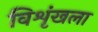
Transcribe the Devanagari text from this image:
विशृंखला